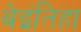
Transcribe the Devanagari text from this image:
बेइंतिहा